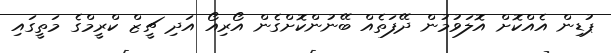
ޕުޑިން އެއްކޮށް އޮލަވުމުން ދޭފަތެއް ބޭނުންކޮށްގެން އޯރިއޯ އަދި ޗީޒް ކްރީމްގެ މަތީގައި